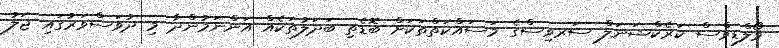
މޯލްޑިވްސް ކަރެކްޝަނަލް ސަރވިސްގެ މަސައްކަތްތަކަށް ބޮޑެތި ބަދަލުތަކެއް އަންނަމުންދާ މި ދުވަސްވަރުގައި ޖަލު